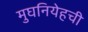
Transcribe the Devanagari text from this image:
मुघनियेहची